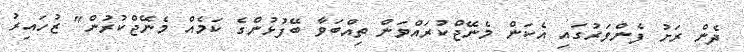
ދެން ރަށު ފެންވަރުގައި އެކަން މެނޭޖްކުރައްވަން ތިއްބަވާ ބޭފުޅުންގެ ކަމެއް މެނޭޖްކުރުން" ޒުހައިރު